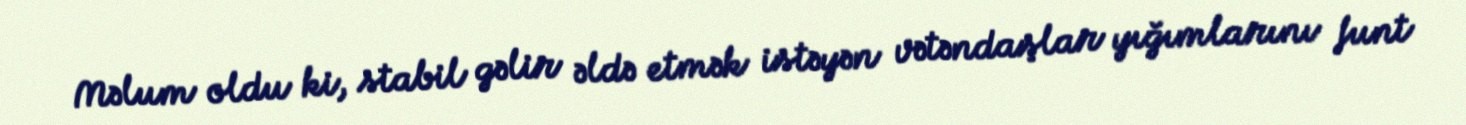
Məlum oldu ki, stabil gəlir əldə etmək istəyən vətəndaşlar yığımlarını funt